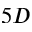
5 D